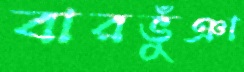
বারভুঁঞা